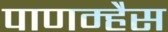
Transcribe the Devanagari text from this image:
पाणम्हैस